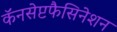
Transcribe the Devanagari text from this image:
कॅनसेप्टफैसिनेशन